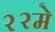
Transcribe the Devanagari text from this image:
२२मे